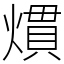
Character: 𤎽